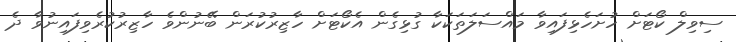
ސިވިލް ކޯޓަށް ހުށަހެޅިފައިވާ މައްސަލަތަކަކާ ގުޅިގެން އެކޯޓަށް ހާޒިރުކުރަން ބޭނުންވެ ހާޒިރުކުރެވިފައިނުވާ ދެ